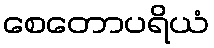
စေတောပရိယံ